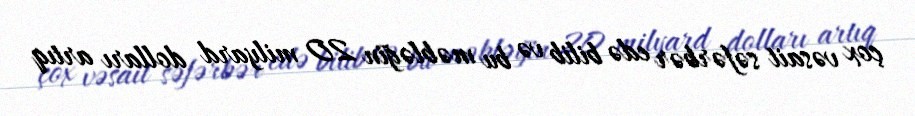
çox vəsait səfərbər edə bilib və bu məbləğin 20 milyard dolları artıq